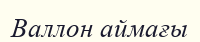
Валлон аймағы